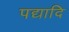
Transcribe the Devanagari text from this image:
पद्यादि